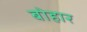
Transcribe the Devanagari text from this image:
बोहार